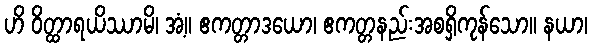
ဟိ ဝိတ္ထာရယိဿာမိ၊ အံ့။ ဧကတ္တာဒယော၊ ဧကတ္တနည်းအစရှိကုန်သော။ နယာ၊